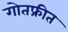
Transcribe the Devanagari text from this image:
गोतफ्रीत